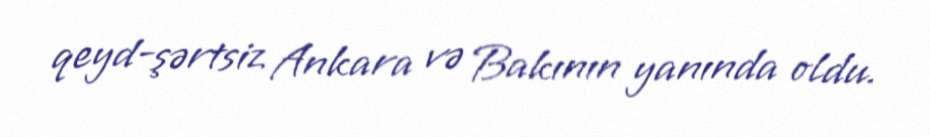
qeyd-şərtsiz Ankara və Bakının yanında oldu.